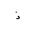
Letter: _thal